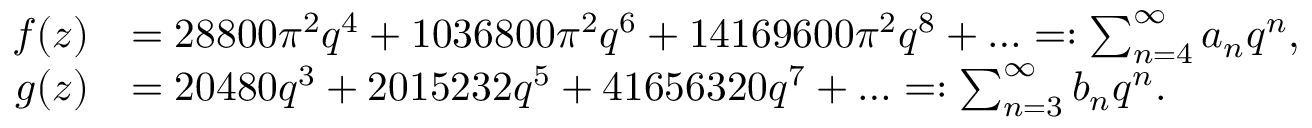
\begin{array} { r l } { f ( z ) } & { = 2 8 8 0 0 \pi ^ { 2 } q ^ { 4 } + 1 0 3 6 8 0 0 \pi ^ { 2 } q ^ { 6 } + 1 4 1 6 9 6 0 0 \pi ^ { 2 } q ^ { 8 } + \ldots = : \sum _ { n = 4 } ^ { \infty } a _ { n } q ^ { n } , } \\ { g ( z ) } & { = 2 0 4 8 0 q ^ { 3 } + 2 0 1 5 2 3 2 q ^ { 5 } + 4 1 6 5 6 3 2 0 q ^ { 7 } + \ldots = : \sum _ { n = 3 } ^ { \infty } b _ { n } q ^ { n } . } \end{array}